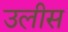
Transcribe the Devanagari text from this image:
उलीस